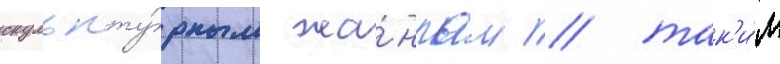
скульпту́рным жа́нрам / так'и́м